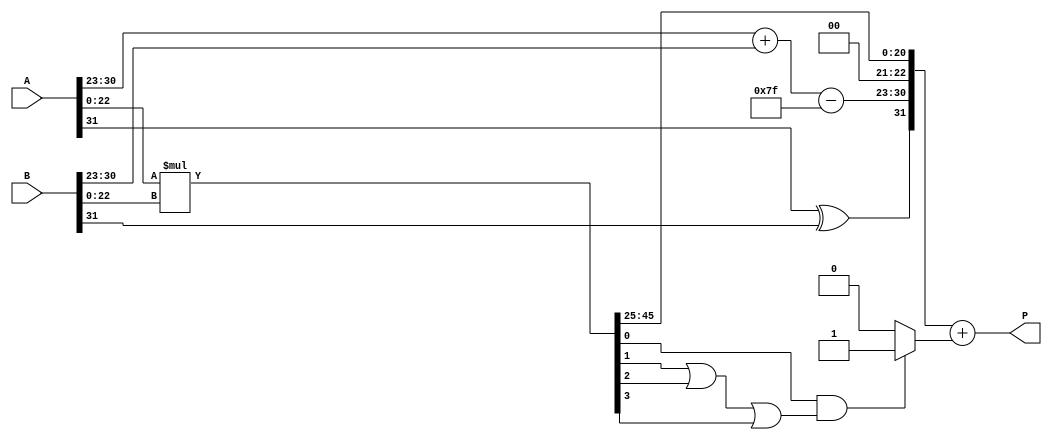
module Radix4_Floating_Point_Multiplier (
    input  [31:0] A, // First Floating-point number
    input  [31:0] B, // Second Floating-point number
    output [31:0] P  // Resulting Floating-point product
);
    // Extracting Sign, Exponent and Mantissa
    wire S_A = A[31];
    wire [7:0] E_A = A[30:23];
    wire [22:0] M_A = {1'b1, A[22:0]}; // Implicit leading bit for normalization
    wire S_B = B[31];
    wire [7:0] E_B = B[30:23];
    wire [22:0] M_B = {1'b1, B[22:0]}; // Implicit leading bit for normalization

    // Output Sign and Exponent
    wire S_P = S_A ^ S_B; // Sign of the product
    wire [7:0] E_P_unbiased = E_A + E_B; // Unbiased exponent sum
    wire [7:0] E_P = E_P_unbiased - 8'd127; // Adjusting for Bias

    // Significand multiplication (using Radix-4 multiplication)
    wire [47:0] M_product; // Extended significand for product
    assign M_product = M_A * M_B; // Simple multiplication for illustration

    // Normalization process
    wire [47:0] M_normalized;
    wire [7:0] E_shift;
    wire [47:0] M_final;
    wire shift;
    assign {shift, M_normalized} = {M_product[47], M_product[46:0]} >> 1; // Shift right if necessary
    assign E_shift = shift ? E_P - 1 : E_P; // Adjust exponent if shift occurs
    assign M_final = (shift) ? M_normalized : M_product; // Assign based on shift

    // Rounding is a simplified assumption here
    wire round;
    assign round = (M_final[0] && (M_final[1] || M_final[2] || M_final[3])); // Simple rounding condition

    // Final output
    assign P = {S_P, E_shift, M_final[47:25]} + (round ? 1 : 0); // Handle rounding

endmodule